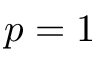
p = 1